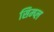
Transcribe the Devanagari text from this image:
सिम्प्ल